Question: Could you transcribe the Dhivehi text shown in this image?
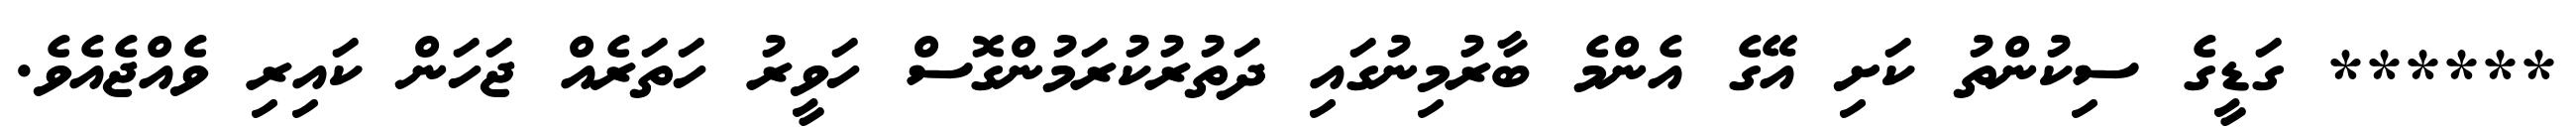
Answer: ****** ގަޑީގެ ސިކުންތު ކަށި އޭގެ އެންމެ ބާރުމިނުގައި ދަތުރުކުރަމުންގޮސް ހަވީރު ހަތަރެއް ޖަހަން ކައިރި ވެއްޖެއެވެ.